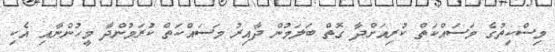
މިސްކިތުގެ މަސައްކަތް ކުރިއަށްދާ ގޮތް ބަލަމުން ދާއިރު މަސައްކަތް ކުރަމުންދާ މީހުންނާއި އެކި